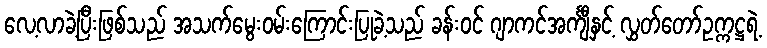
လေ့လာခဲ့ပြီးဖြစ်သည် အသက်မွေးဝမ်းကြောင်းပြုခဲ့သည် ခန်းဝင် ဂျာကင်အင်္ကျီနှင့် လွှတ်တော်ဥက္ကဋ္ဌရဲ့